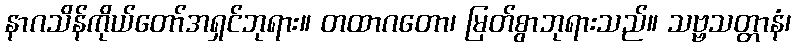
နာဂသိန်ကိုယ်တော်အရှင်ဘုရား။ တထာဂတော၊ မြတ်စွာဘုရားသည်။ သဗ္ဗသတ္တာနံ၊